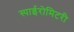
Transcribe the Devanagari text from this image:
स्पाईरोमिटरी